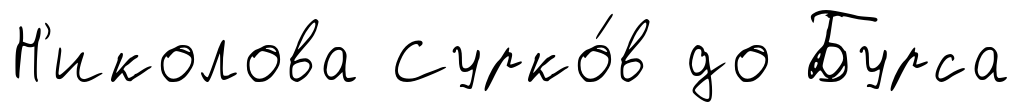
Н'иколова Сурко́в до Бурса